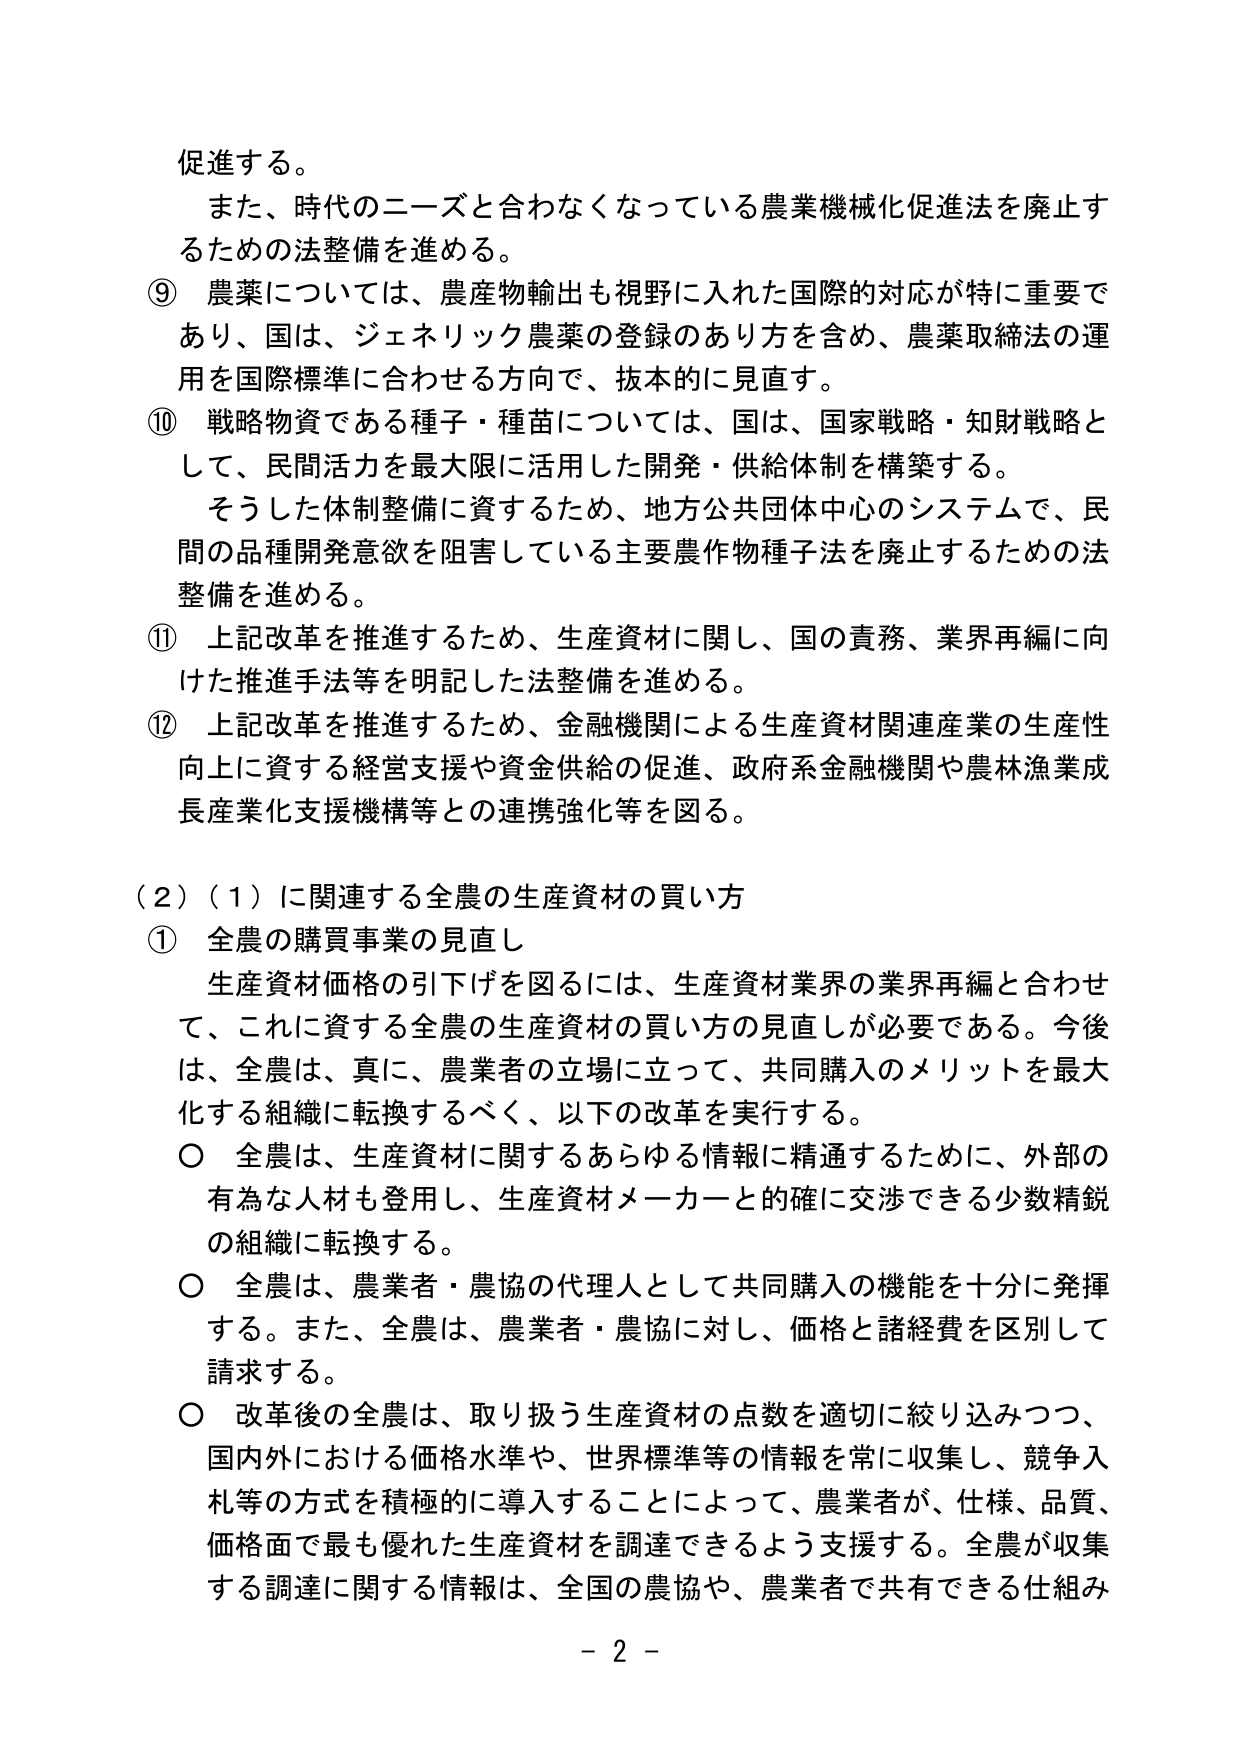
促進する。
また、時代のニーズと合わなくなっている農業機械化促進法を廃止するための法整備を進める。
⑨ 農薬については、農産物輸出も視野に入れた国際的対応が特に重要であり、国は、ジェネリック農薬の登録のあり方を含め、農薬取締法の運用を国際標準に合わせる方向で、抜本的に見直す。
⑩ 戦略物資である種子・種苗については、国は、国家戦略・知財戦略として、民間活力を最大限に活用した開発・供給体制を構築する。
　　そうした体制整備に資するため、地方公共団体中心のシステムで、民間の品種開発意欲を阻害している主要農作物種子法を廃止するための法整備を進める。
⑪ 上記改革を推進するため、生産資材に関し、国の責務、業界再編に向けた推進手法等を明記した法整備を進める。
⑫ 上記改革を推進するため、金融機関による生産資材関連産業の生産性向上に資する経営支援や資金供給の促進、政府系金融機関や農林漁業成長産業化支援機構等との連携強化等を図る。

（2）（1）に関連する全農の生産資材の買い方
① 全農の購買事業の見直し
　　生産資材価格の引下げを図るには、生産資材業界の業界再編と合わせて、これに資する全農の生産資材の買い方の見直しが必要である。今後は、全農は、真に、農業者の立場に立って、共同購入のメリットを最大化する組織に転換するべく、以下の改革を実行する。
　　○ 全農は、生産資材に関するあらゆる情報に精通するために、外部の有為な人材も登用し、生産資材メーカーと的確に交渉できる少数精鋭の組織に転換する。
　　○ 全農は、農業者・農協の代理人として共同購入の機能を十分に発揮する。また、全農は、農業者・農協に対し、価格と諸経費を区別して請求する。
　　○ 改革後の全農は、取り扱う生産資材の点数を適切に絞り込みつつ、国内外における価格水準や、世界標準等の情報を常に収集し、競争入札等方式を積極的に導入することによって、農業者が、仕様、品質、価格面で最も優れた生産資材を調達できるよう支援する。全農が収集する調達に関する情報は、全国の農協や、農業者で共有できる仕組み

－ 2 －